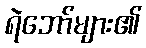
ရဲဘော်များ၏